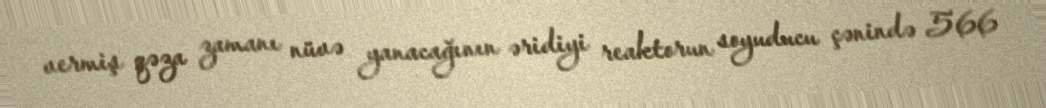
vermiş qəza zamanı nüvə yanacağının əridiyi reaktorun soyuducu çənində 566